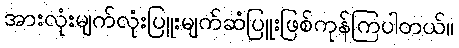
အားလုံးမျက်လုံးပြူးမျက်ဆံပြူးဖြစ်ကုန်ကြပါတယ်။